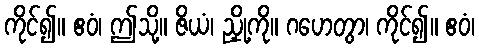
ကိုင်၍။ ဧဝံ၊ ဤသို့။ ဇိယံ၊ ညှို့ကို။ ဂဟေတွာ၊ ကိုင်၍။ ဧဝံ၊